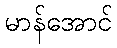
မာန်အောင်